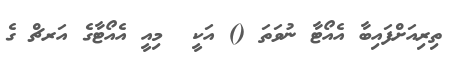
ތިރިއަށްފައިބާ އެއޯޓާ ނުވަތަ () އަކީ  މިއީ އެއޯޓާގެ އަރޗް ގެ